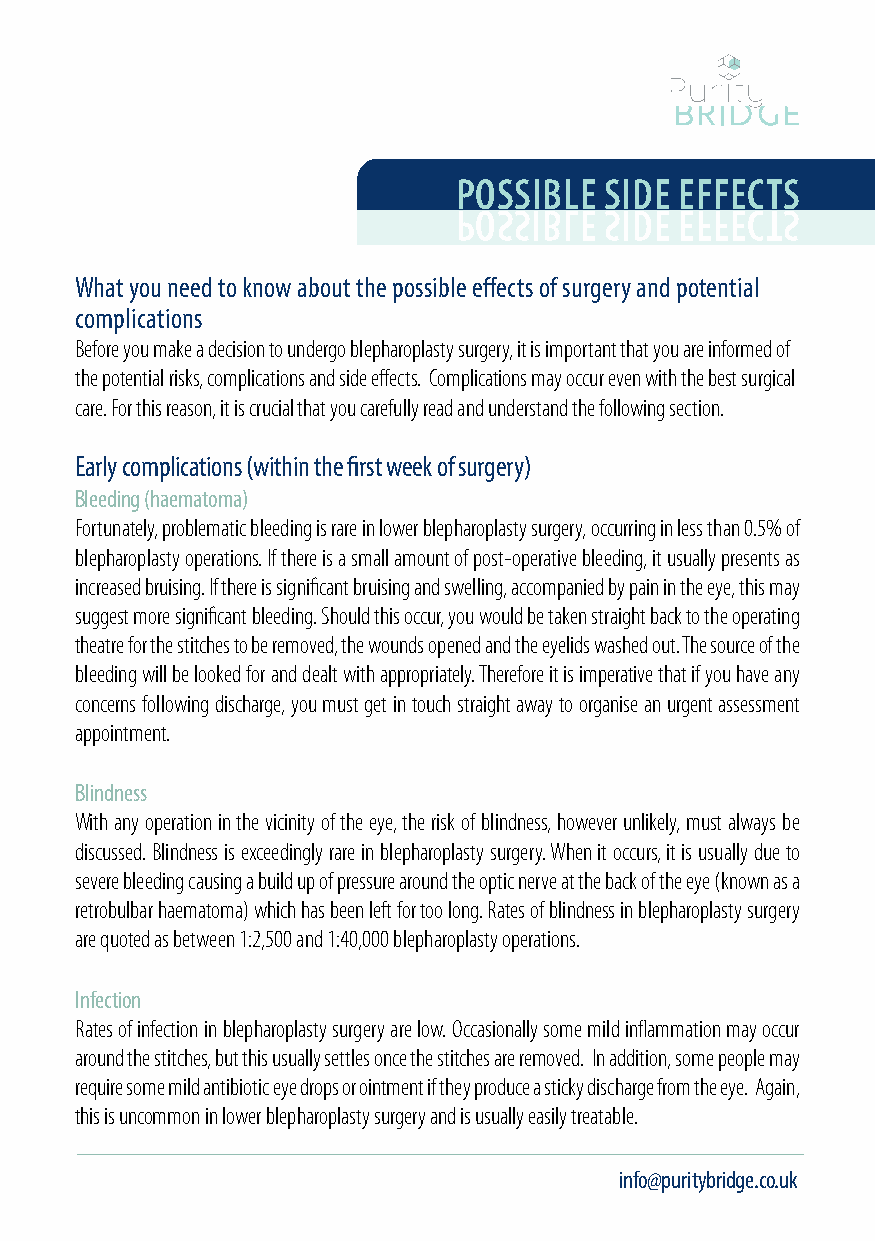
possiBLe  side effects
 What you need to know about the possible effects of surgery and potential
 complications
 Before you make a decision to undergo blepharoplasty surgery, it is important that you are informed of
 the potential risks, complications and side effects. Complications may occur even with the best surgical
 care. For this reason, it is crucial that you carefully read and understand the following section.
 Early complications (within the first week of surgery)
 Bleeding (haematoma)
 Fortunately, problematic bleeding is rare in lower blepharoplasty surgery, occurring in less than 0.5% of
 blepharoplasty operations. If there is a small amount of post-operative bleeding, it usually presents as
 increased bruising. If there is significant bruising and swelling, accompanied by pain in the eye, this may
 suggest more significant bleeding. Should this occur, you would be taken straight back to the operating
 theatre for the stitches to be removed, the wounds opened and the eyelids washed out. The source of the
 bleeding will be looked for and dealt with appropriately. Therefore it is imperative that if you have any
 concerns following discharge, you must get in touch straight away to organise an urgent assessment
 appointment.
 Blindness
 With any operation in the vicinity of the eye, the risk of blindness, however unlikely, must always be
 discussed. Blindness is exceedingly rare in blepharoplasty surgery. When it occurs, it is usually due to
 severe bleeding causing a build up of pressure around the optic nerve at the back of the eye (known as a
 retrobulbar haematoma) which has been left for too long. Rates of blindness in blepharoplasty surgery
 are quoted as between 1:2,500 and 1:40,000 blepharoplasty operations.
 Infection
 Rates of infection in blepharoplasty surgery are low. Occasionally some mild inflammation may occur
 around the stitches, but this usually settles once the stitches are removed. In addition, some people may
 require some mild antibiotic eye drops or ointment if they produce a sticky discharge from the eye. Again,
 this is uncommon in lower blepharoplasty surgery and is usually easily treatable.
 www.puritybridge.co.uk 01892 536 960     info@puritybridge.co.uk
 p o s s i b l e s i d e e f f e c t s